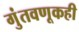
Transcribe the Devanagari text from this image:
गुंतवणूकही